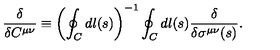
{ \frac { \delta } { \delta C ^ { \mu \nu } } } \equiv \left( \oint _ { C } d l ( s ) \right) ^ { - 1 } \oint _ { C } d l ( s ) { \frac { \delta } { \delta \sigma ^ { \mu \nu } ( s ) } } .